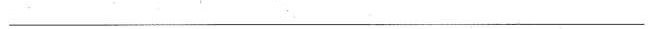
___